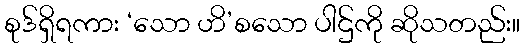
စုဒ်ရှိရကား ‘သော ဟိ’စသော ပါဌ်ကို ဆိုသတည်း။